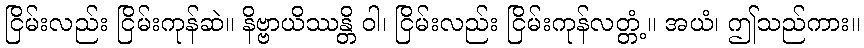
ငြိမ်းလည်း ငြိမ်းကုန်ဆဲ။ နိဗ္ဗာယိဿန္တိ ဝါ၊ ငြိမ်းလည်း ငြိမ်းကုန်လတ္တံ့။ အယံ၊ ဤသည်ကား။